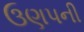
ઉણપની